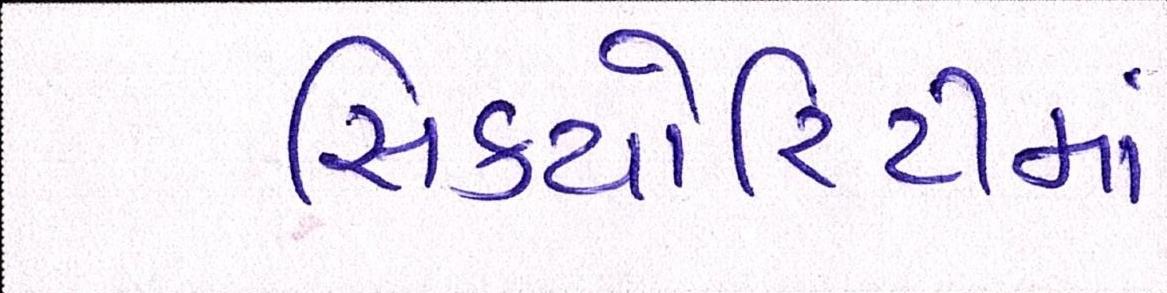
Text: સિક્યોરિટીમાં